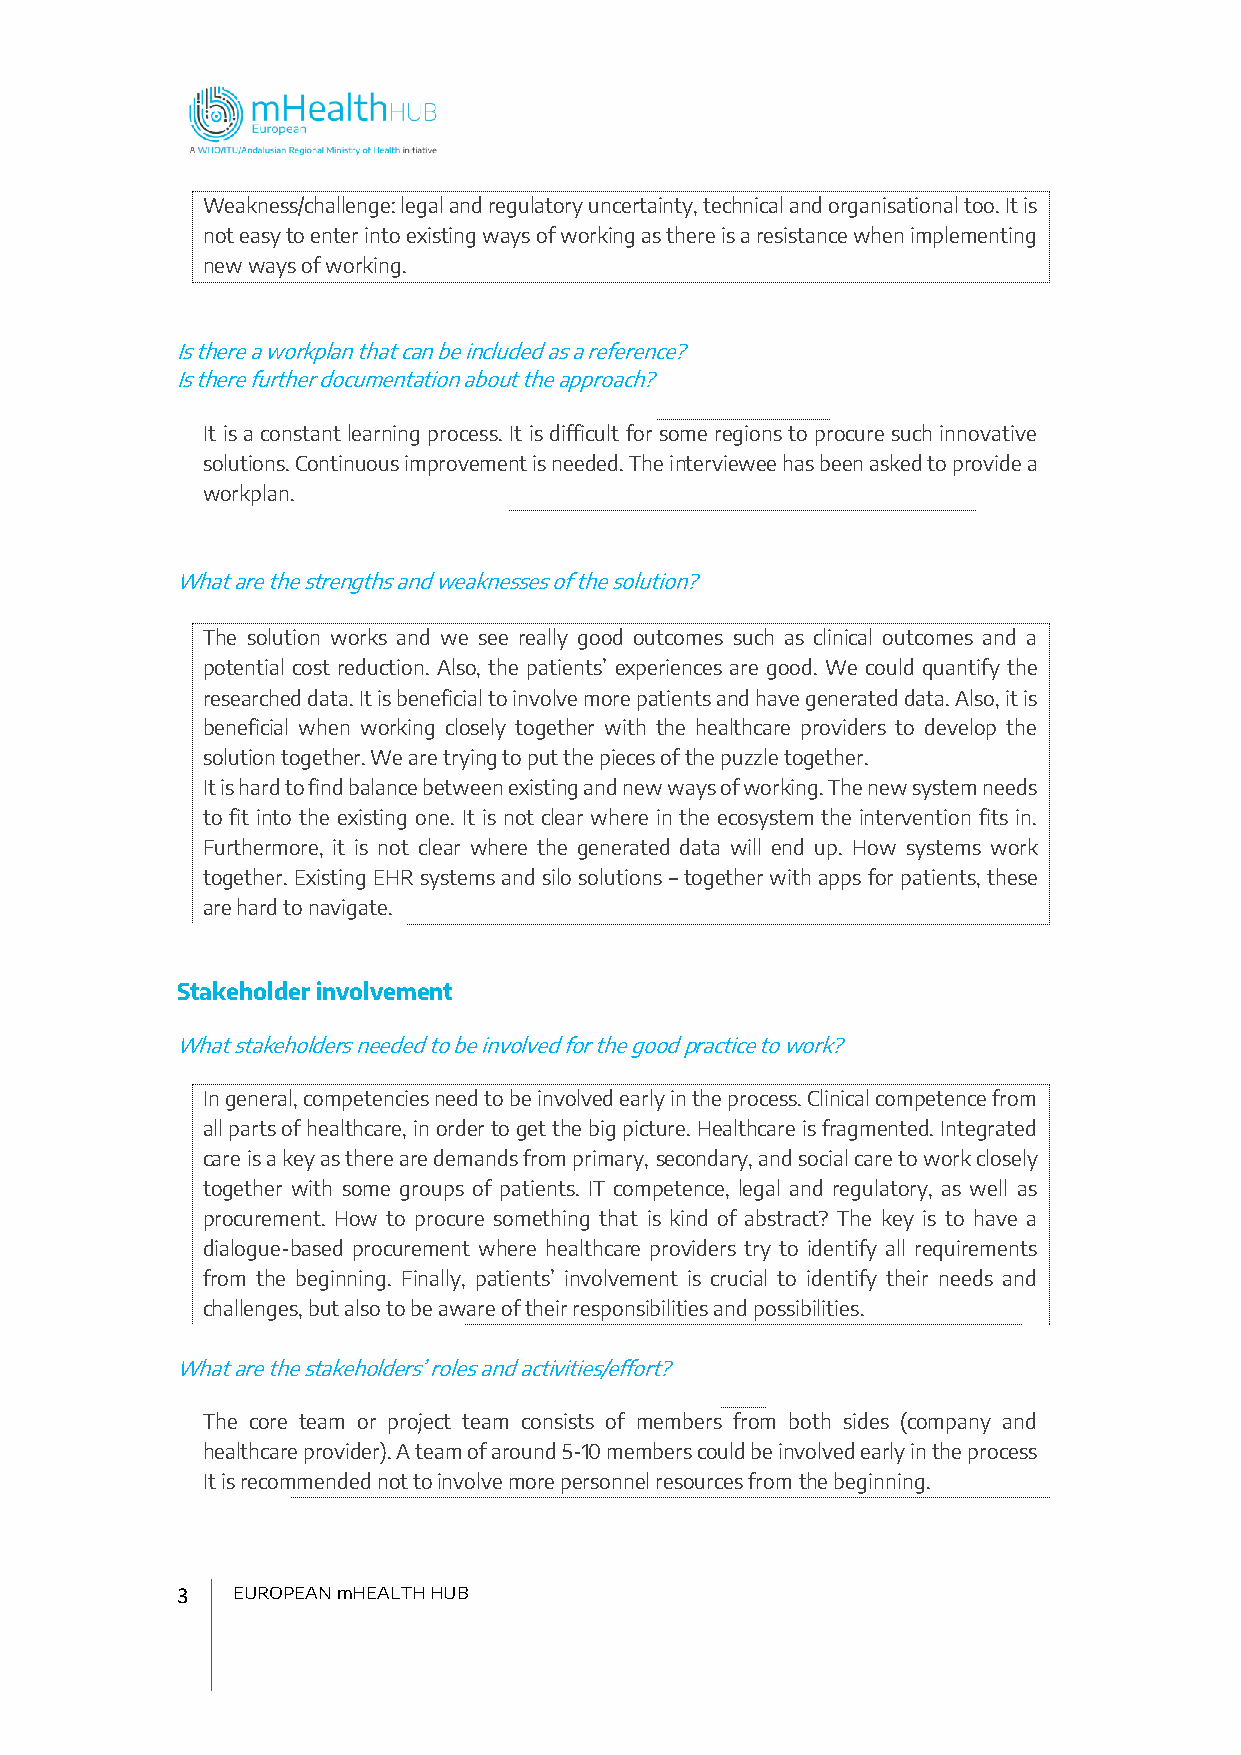
Weakness/challenge: legal and regulatory uncertainty, technical and organisational too. It is
 not easy to enter into existing ways of working as there is a resistance when implementing
 new ways of working.
 Is there a workplan that can be included as a reference?
 Is there further documentation about the approach?
 It is a constant learning process. It is difficult for some regions to procure such innovative
 solutions. Continuous improvement is needed. The interviewee has been asked to provide a
 workplan.
 What are the strengths and weaknesses of the solution?
 The solution works and we see really good outcomes such as clinical outcomes and a
 potential cost reduction. Also, the patients’ experiences are good. We could quantify the
 researched data. It is beneficial to involve more patients and have generated data. Also, it is
 beneficial when working closely together with the healthcare providers to develop the
 solution together. We are trying to put the pieces of the puzzle together.
 It is hard to find balance between existing and new ways of working. The new system needs
 to fit into the existing one. It is not clear where in the ecosystem the intervention fits in.
 Furthermore, it is not clear where the generated data will end up. How systems work
 together. Existing EHR systems and silo solutions – together with apps for patients, these
 are hard to navigate.
 Stakeholder involvement
 What stakeholders needed to be involved for the good practice to work?
 In general, competencies need to be involved early in the process. Clinical competence from
 all parts of healthcare, in order to get the big picture. Healthcare is fragmented. Integrated
 care is a key as there are demands from primary, secondary, and social care to work closely
 together with some groups of patients. IT competence, legal and regulatory, as well as
 procurement. How to procure something that is kind of abstract? The key is to have a
 dialogue-based procurement where healthcare providers try to identify all requirements
 from the beginning. Finally, patients’ involvement is crucial to identify their needs and
 challenges, but also to be aware of their responsibilities and possibilities.
 What are the stakeholders’ roles and activities/effort?
 The core team or project team consists of members from both sides (company and
 healthcare provider). A team of around 5-10 members could be involved early in the process
 It is recommended not to involve more personnel resources from the beginning.
 3  EUROPEAN mHEALTH HUB